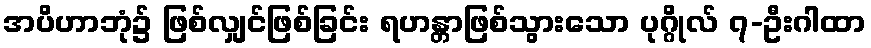
အပိဟာဘုံ၌ ဖြစ်လျှင်ဖြစ်ခြင်း ရဟန္တာဖြစ်သွားသော ပုဂ္ဂိုလ် ၇-ဦးဂါထာ